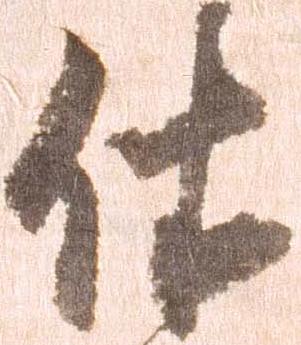
依